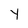
Character: y